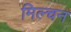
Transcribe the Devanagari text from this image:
मिल्चन